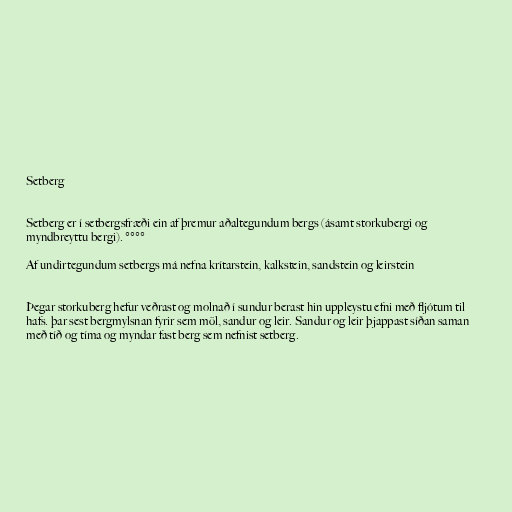
Setberg

Setberg er í setbergsfræði ein af þremur aðaltegundum bergs (ásamt storkubergi og
myndbreyttu bergi). °°°°

Af undirtegundum setbergs má nefna krítarstein, kalkstein, sandstein og leirstein

Þegar storkuberg hefur veðrast og molnað í sundur berast hin uppleystu efni með fljótum til
hafs. þar sest bergmylsnan fyrir sem möl, sandur og leir. Sandur og leir þjappast síðan saman
með tíð og tíma og myndar fast berg sem nefnist setberg.